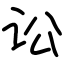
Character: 讼